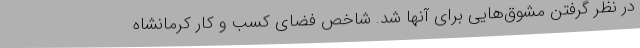
در نظر گرفتن مشوق‌هایی برای آنها شد. شاخص فضای کسب و کار کرمانشاه